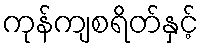
ကုန်ကျစရိတ်နှင့်